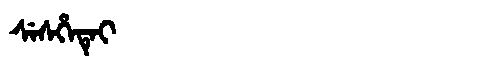
Manchu: ᠰᡝᠰᡥᡝᡨᡝᡳ
Romanization: SESHETEI